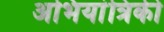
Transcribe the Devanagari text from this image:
अभियांत्रिकी